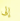
إلى